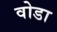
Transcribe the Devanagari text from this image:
वोडा